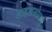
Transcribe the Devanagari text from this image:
शाहअलोज्यु